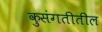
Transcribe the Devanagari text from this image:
कुसंगतीतील